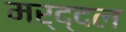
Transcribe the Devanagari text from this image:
मर्द्दल